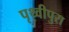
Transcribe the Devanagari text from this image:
पृथ्वीपुरा